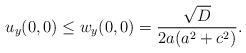
LaTeX: \begin{align*} u_y(0,0) \le w_y(0,0) = \frac{\sqrt{D}}{2a(a^2+c^2)}.\end{align*}